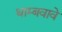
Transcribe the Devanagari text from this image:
थाम्बवावे